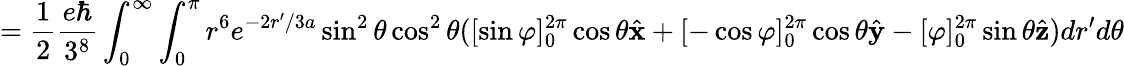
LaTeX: =\frac{1}{2}\frac{e\hbar}{3^{8}}\int_{0}^{\infty}\int_{0}^{\pi}r^{6}e^{-2r^{\prime}/3a}\sin^{2}\theta\cos^{2}\theta([\sin\varphi]_{0}^{2\pi}\cos\theta\hat{\mathbf{x}}+[-\cos\varphi]_{0}^{2\pi}\cos\theta\hat{\mathbf{y}}-[\varphi]_{0}^{2\pi}\sin\theta\hat{\mathbf{z}})dr^{\prime}d\theta